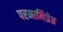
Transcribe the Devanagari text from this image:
परमाभिप्रेत